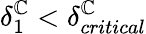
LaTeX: \delta_{1}^{\mathbb{C}}<\delta_{critical}^{\mathbb{C}}